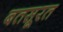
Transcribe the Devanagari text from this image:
बतसूरत